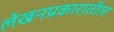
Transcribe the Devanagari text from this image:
लेखनप्रकारातील